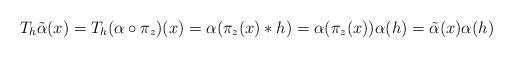
LaTeX: \begin{align*}T_h\tilde\alpha(x)= T_h(\alpha\circ \pi_z)(x)=\alpha(\pi_z(x)*h)= \alpha(\pi_z(x))\alpha(h)=\tilde\alpha(x)\alpha(h)\end{align*}